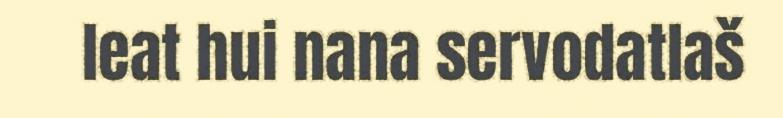
leat hui nana servodatlaš